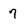
Character: 7